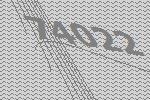
74022